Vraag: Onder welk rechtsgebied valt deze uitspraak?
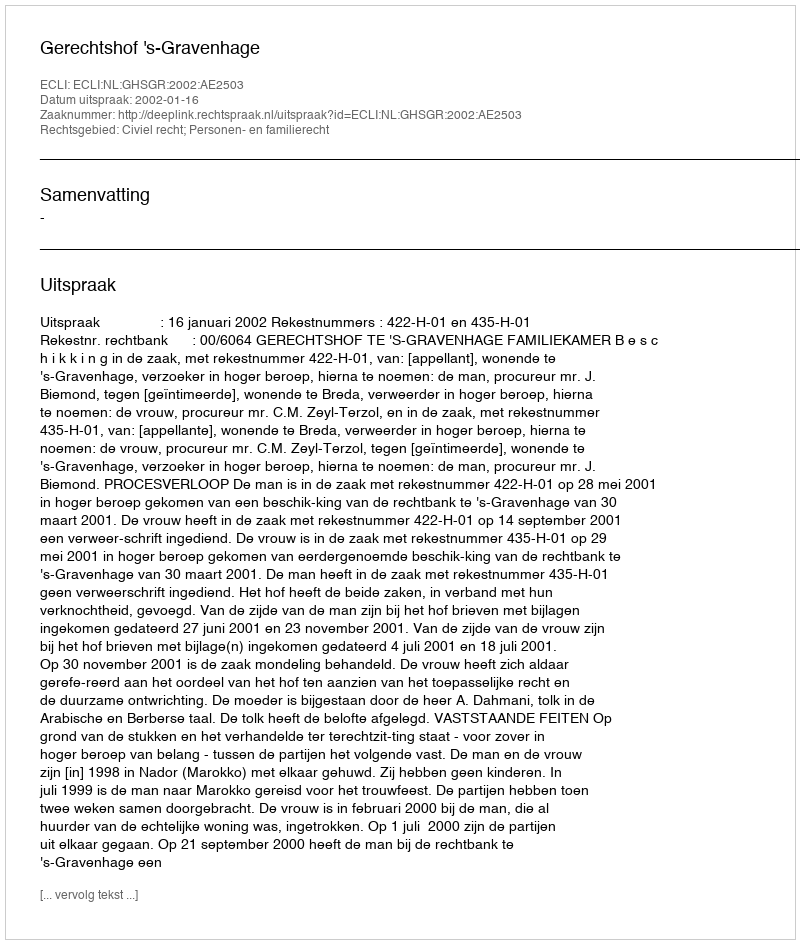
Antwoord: Civiel recht; Personen- en familierecht